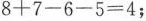
$$8+7-6-5=4$$；